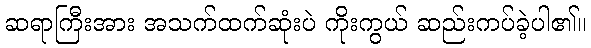
ဆရာကြီးအား အသက်ထက်ဆုံးပဲ ကိုးကွယ် ဆည်းကပ်ခဲ့ပါ၏။